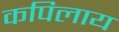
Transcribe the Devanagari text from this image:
कपिलाय